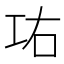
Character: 𰏋